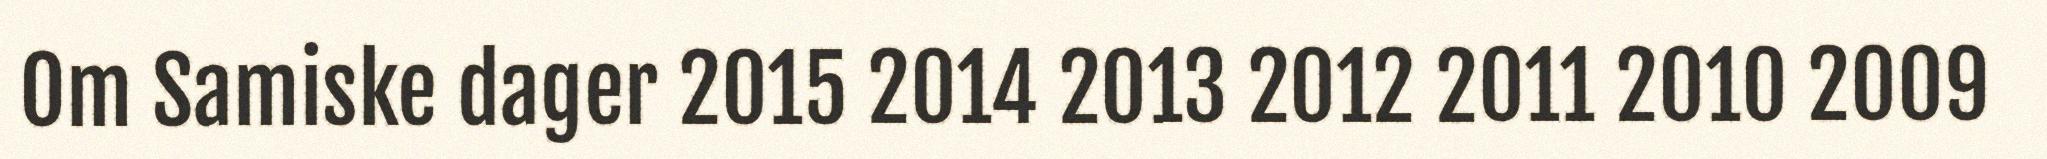
Om Samiske dager 2015 2014 2013 2012 2011 2010 2009